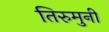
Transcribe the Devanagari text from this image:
तिरुमुनी